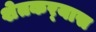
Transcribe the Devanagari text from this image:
शेतकर्‍यास